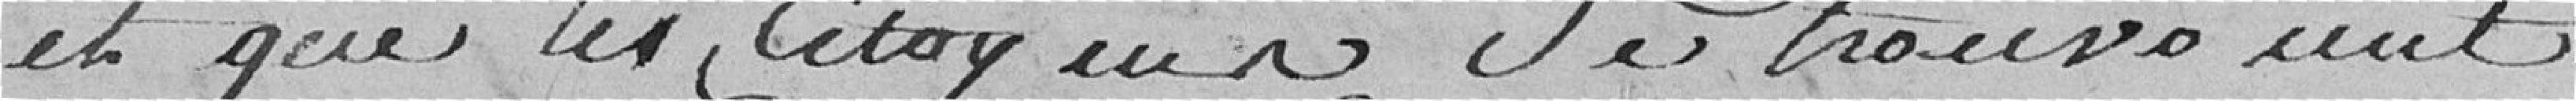
et que les citoyens se trouvaient